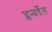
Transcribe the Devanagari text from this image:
इन्वर्देल